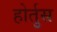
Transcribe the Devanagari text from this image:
होर्तुस